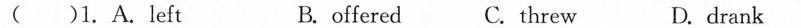
( ) 1.A.left B.offered C.threw D.drank